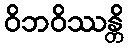
ဝိဘဝိဿန္တိ